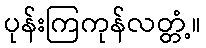
ပုန်းကြကုန်လတ္တံ့။